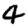
Digit: 4